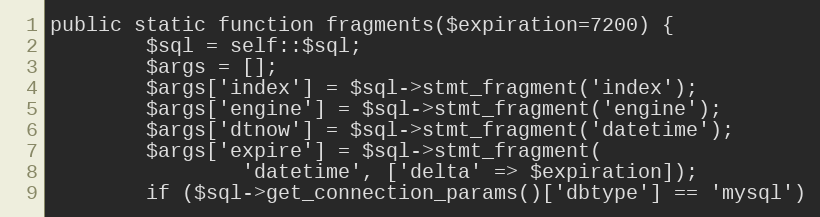
Language: PHP
public static function fragments($expiration=7200) {
		$sql = self::$sql;
		$args = [];
		$args['index'] = $sql->stmt_fragment('index');
		$args['engine'] = $sql->stmt_fragment('engine');
		$args['dtnow'] = $sql->stmt_fragment('datetime');
		$args['expire'] = $sql->stmt_fragment(
				'datetime', ['delta' => $expiration]);
		if ($sql->get_connection_params()['dbtype'] == 'mysql')